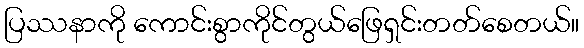
ပြဿနာကို ကောင်းစွာကိုင်တွယ်ဖြေရှင်းတတ်စေတယ်။